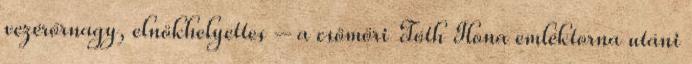
vezérőrnagy, elnökhelyettes – a csömöri Tóth Ilona emléktorna utáni